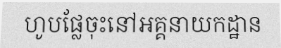
ហូបផ្លែចុះនៅអគ្គនាយកដ្ឋាន